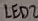
Text: LED2